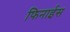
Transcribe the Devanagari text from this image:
फिनाईस